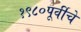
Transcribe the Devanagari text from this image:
१९८०पूर्वीचे